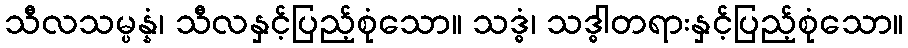
သီလသမ္ပန္နံ၊ သီလနှင့်ပြည့်စုံသော။ သဒ္ဓံ၊ သဒ္ဓါတရားနှင့်ပြည့်စုံသော။